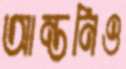
আন্তনিও